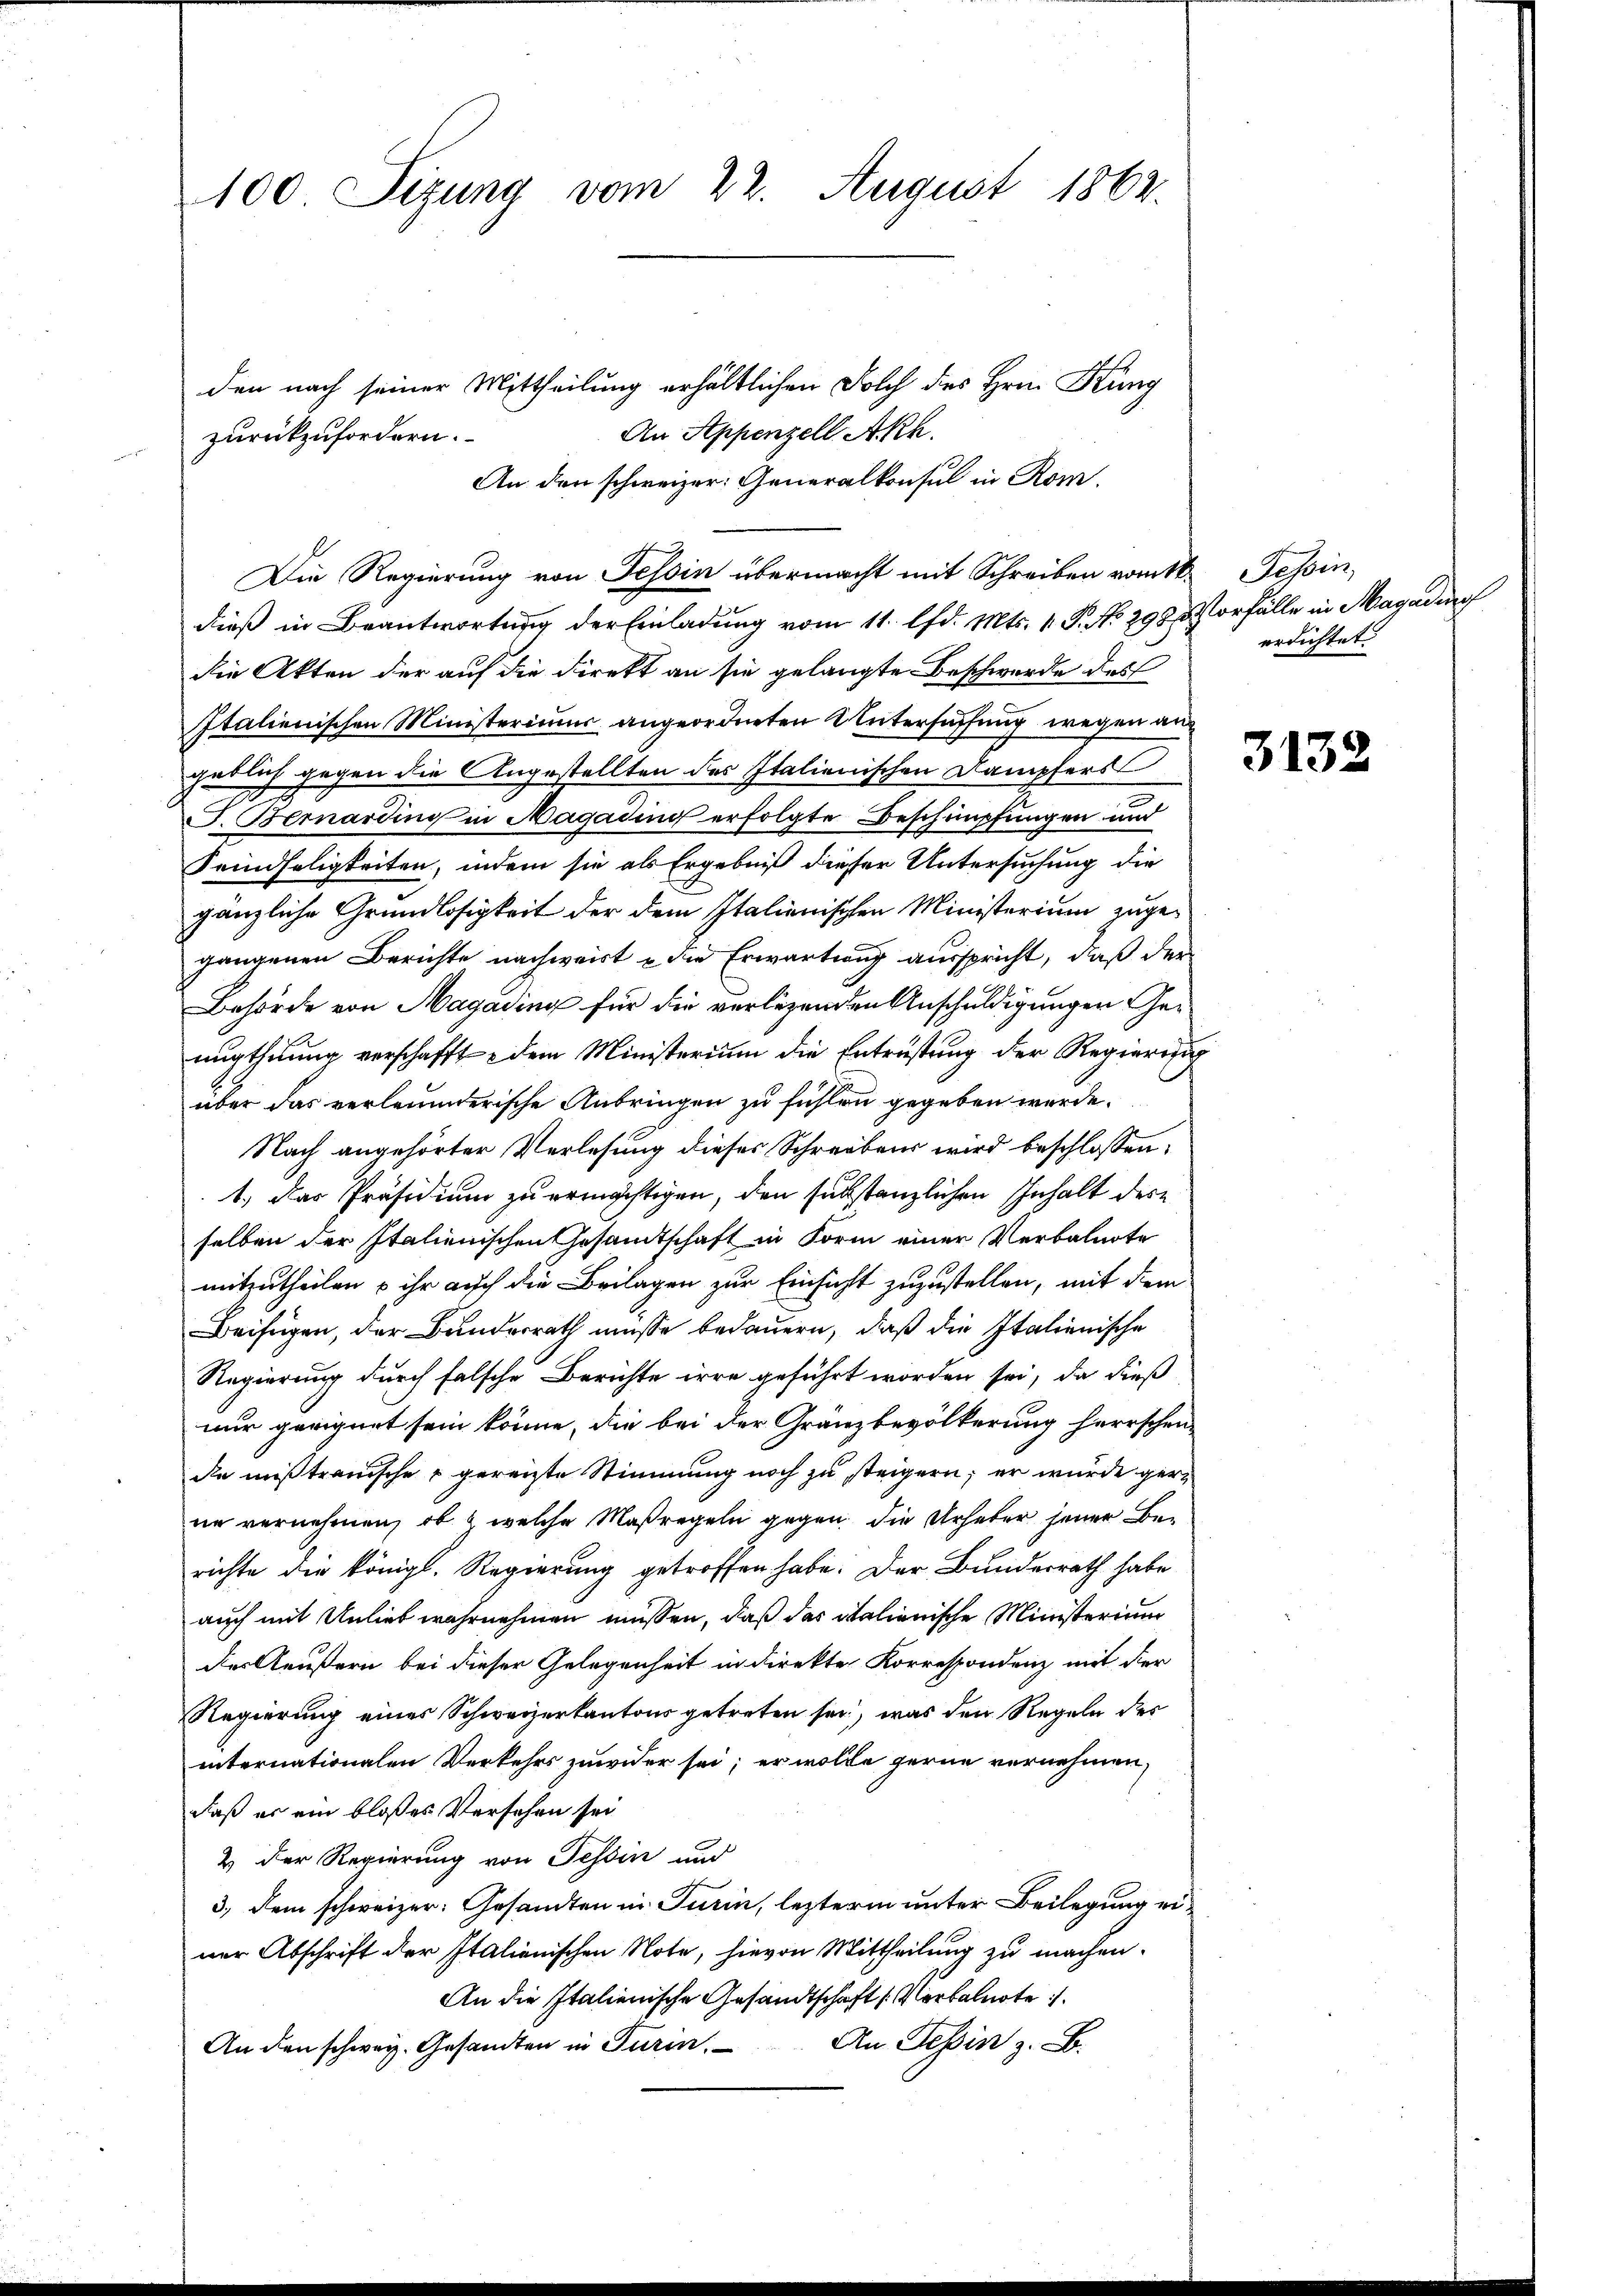
100. Sizung vom 22. August 1862.

den nach seiner Mittheilung erhältlichen Solch des Hrn. Kung
An Appenzell Akh.
An den schweizer: Generalkonsul in Rom.
Die Regierung von Tessin übermacht mit Schreiben vom Tessin,
dieß in Beantwortung der Einladung vom 11. lfd. Mts. 1. P. No 298. Vorfälle in Magadin
die Akten der auf die Direkt an sie gelangte Beschwerde des
Italienischen Ministeriums angeordneten Untersuchung wegen auf
gedlich gegen die Angestellten des Italienischen Dampfers
J. Bernardini in Magading erfolgte Beschimpfungen und
Feindseligkeiten, indem sie als Ergebniß dieser Untersuchung die
gänzliche Grundlosigkeit der dem Italienischen Ministerium zugegangenen Berichte nachweist u die Erwartung ausspricht, daß der
Behörde von Magading für die verlegenden Anschuldigungen Genugthuung verschafft dem Ministerium die Entrüstung der Regierung
über das verleumderische Anbringen zu fühlen gegeben werde.
Nach angehörter Verlesung dieses Schreibens wird beschlossen:
1.) Das Präsidium zu ermächtigen, den substanzlichen Inhalt dere
selben der Italienischen Gesandtschaft in Form einer Verbalnote
mitzutheilen u ihr auch die Beilagen zur Einsicht zuzustellen, mit dem
Beifügen, der Bunderrath müsse bedauern, daß die Italienische
Regierung durch falsche Berichte irre geführt worden sei, da dieß
nur geeignet sein könne, die bei der Gränzbevölkerung herrschen-
de mißtrauische & gereizte Stimmung noch zu steigern; er wurde gerne vernehmen, ob & welche Maßregeln gegen die Urheber jener Berichte die königl. Regierung getroffen habe. Der Bundesrath habe
auch mit Unlieb wahrnehmen müssen, daß das italienische Ministerium
des Aeußern bei dieser Gelegenheit in direkte Korrespondenz mit der
Regierung eines Schweizerkantons getreten sei, was den Regeln der
internationalen Verkehrs zuwider sei; er wolle gerne vornehmen,
daß es ein bloßes Versehen sei
& der Regierung von Tessin und
3, dem schweizer: Gesandten in Turin, leztere unter Beilegung einer Abschrift der Italienischen Note, hievon Mittheilung zu machen.
An die Italienische Gesandtschaft Verbalnote
An den schweiz. Gesandten in Turin. An Tessin z. B.

zurückzufordern.

erdichtet

3132